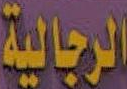
الرجالية